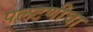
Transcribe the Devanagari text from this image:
पलटणीचा